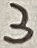
Text: 3